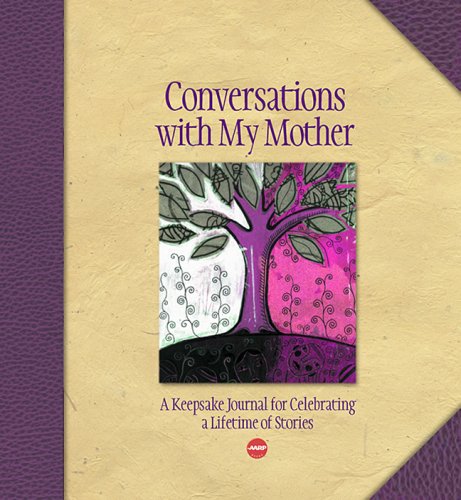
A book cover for Conversations with My Mother: A Keepsake Journal for Celebrating a Lifetime of Stories (AARPÂ®); Lark; Reference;